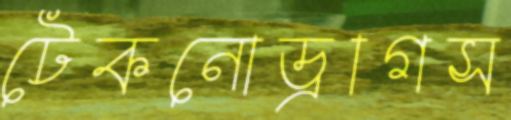
টেকনোড্রাগস